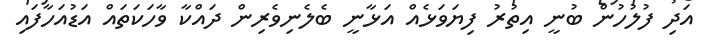
އަދި ފުލުހުން ބުނީ އިތުރު ފިޔަވަޅެއް އަޅާނީ ބެލެނިވެރިން ދައްކާ ވާހަކަަތައް އަޑުއަހާފައި